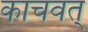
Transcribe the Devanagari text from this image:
काचवत्